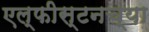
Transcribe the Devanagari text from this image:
एल्फीस्टनच्या